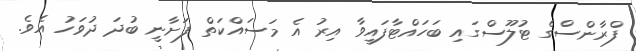
ފްރާންސްގެ ޓުލޫސްގައި ބަހައްޓާފައިވާ އިރު އެ މަސައްކަތް ފަށާނީ ބުދަ ދުވަހު އެވެ.